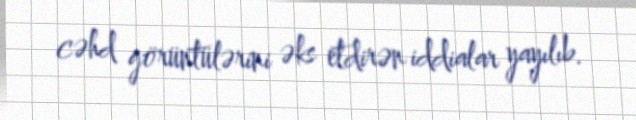
cəhd görüntülərini əks etdirən iddialar yayılıb.